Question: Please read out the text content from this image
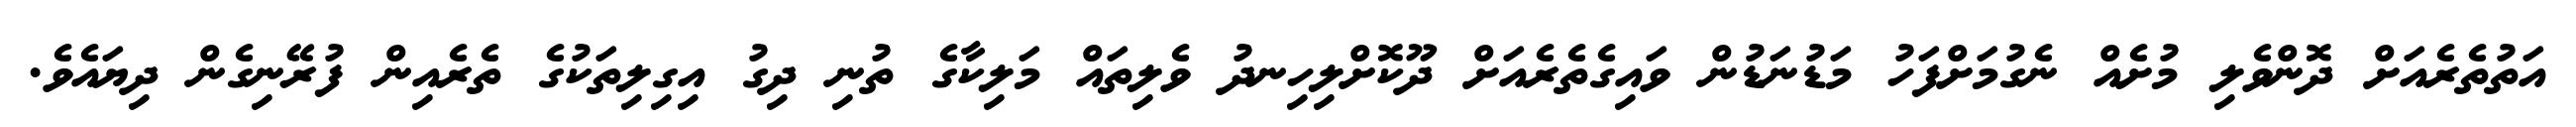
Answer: އަތުތެރެއަށް ދޮންވެލި މުށެއް ނެގުމަށްފަހު މަޑުނަޑުން ވައިގެތެރެއަށް ދޫކޮށްލިހިނދު ވެލިތައް މަލިކާގެ ތުނި ދިގު އިގިލިތަކުގެ ތެރެއިން ފުރޭނިގެން ދިޔައެވެ.